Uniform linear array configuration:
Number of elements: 16
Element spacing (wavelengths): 0.25
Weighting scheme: blackman
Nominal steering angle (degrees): -45
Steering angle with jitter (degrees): -44.076
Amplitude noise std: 0.05
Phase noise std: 0.05

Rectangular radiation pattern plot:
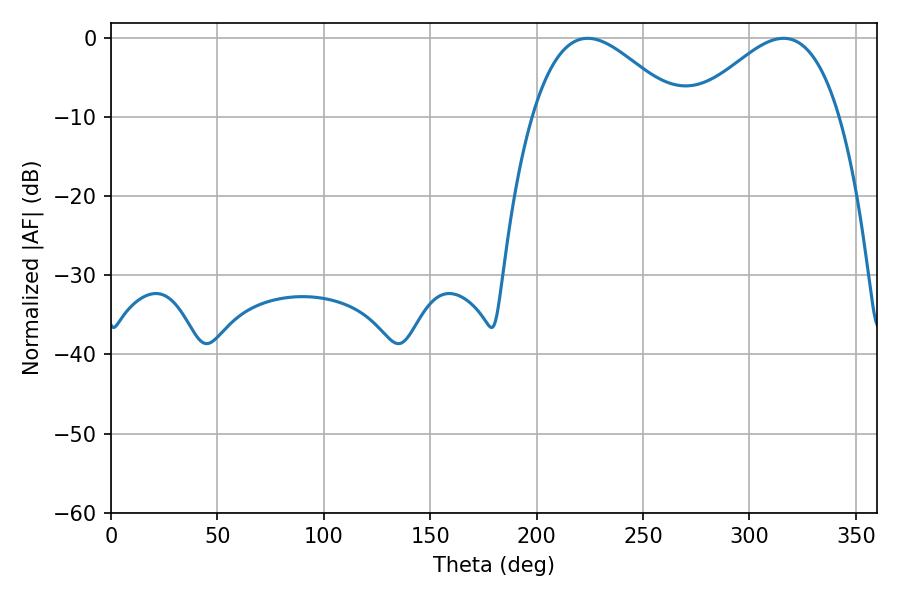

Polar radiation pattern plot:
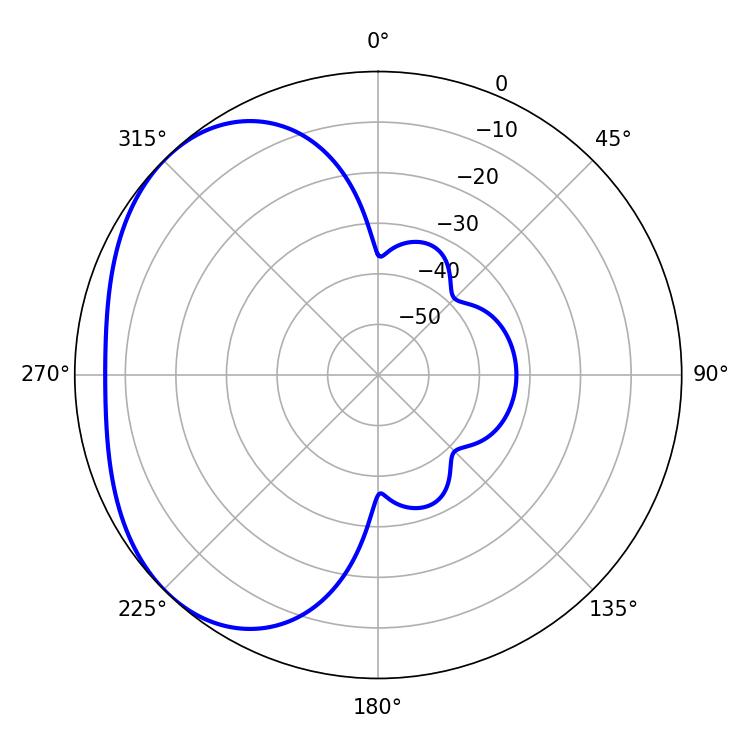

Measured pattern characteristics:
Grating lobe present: FALSE
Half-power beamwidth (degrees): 37.44
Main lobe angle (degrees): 223.92